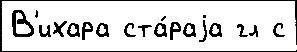
В'ихара ста́раjа гл с